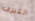
الكبرى